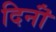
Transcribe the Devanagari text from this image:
दिनॊं